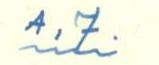
A. J.